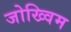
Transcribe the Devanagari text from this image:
जोख्विम